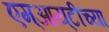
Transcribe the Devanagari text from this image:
एम्‌आय्‌टीच्या